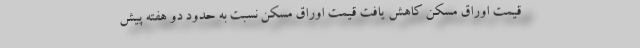
قیمت اوراق مسکن کاهش یافت قیمت اوراق مسکن نسبت به حدود دو هفته پیش